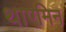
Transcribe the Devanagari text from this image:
थाएमिन